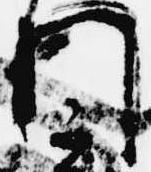
門